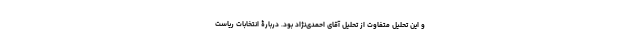
و این تحلیل متفاوت از تحلیل آقای احمدی‌نژاد بود. دربارۀ انتخابات ریاست